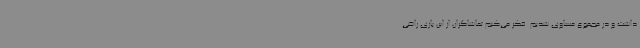
داشت و در مجموع مساوی شدیم. فکر می‌کنم تماشاگران از این بازی راضی